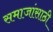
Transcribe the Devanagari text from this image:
समाजांसाठी